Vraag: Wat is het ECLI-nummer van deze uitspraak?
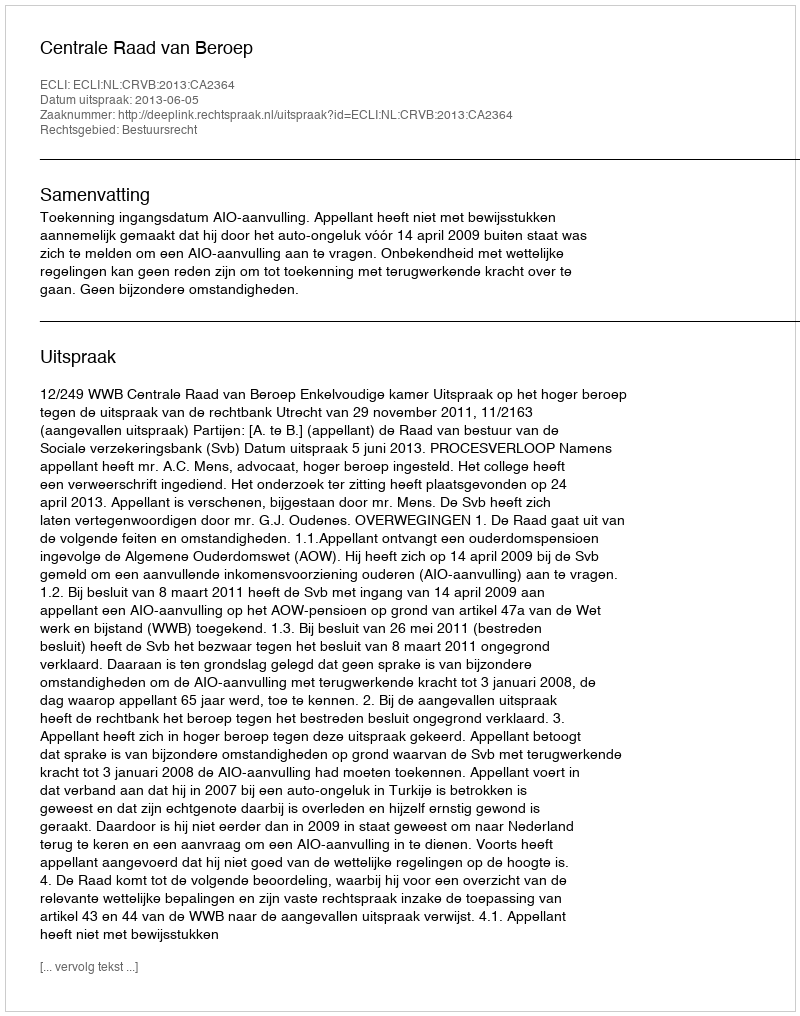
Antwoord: ECLI:NL:CRVB:2013:CA2364